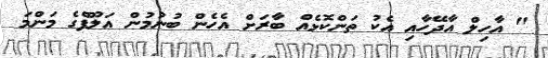
" އާހިލް އާދޭހާއި އެކު ތަންކޮޅެއް ބާރަށް އެހެން ބުނުމުން އަލޫފްގެ މަންމަ